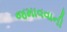
જમાવવાની